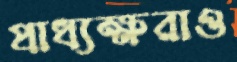
প্রাধ্যক্ষরাও